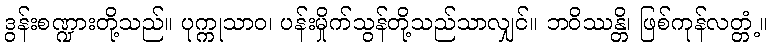
ဒွန်းစဏ္ဍားတို့သည်။ ပုက္ကုသာဝ၊ ပန်းမှိုက်သွန်တို့သည်သာလျှင်။ ဘဝိဿန္တိ၊ ဖြစ်ကုန်လတ္တံ့။